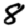
Digit: 8